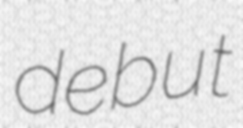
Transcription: debut